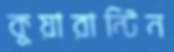
কুয়ারান্টিন